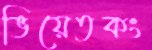
ভিয়েতকং